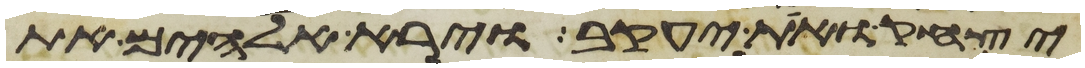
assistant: יצחק ואת יעקב וירא אלהים את